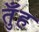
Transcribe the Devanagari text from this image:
तुँह